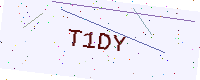
Text: T1DY